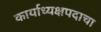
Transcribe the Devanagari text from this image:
कार्याध्यक्षपदाचा